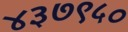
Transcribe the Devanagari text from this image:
४३७९५०